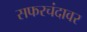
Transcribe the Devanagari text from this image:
सफरचंदावर